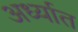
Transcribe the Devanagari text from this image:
अर्ध्यात